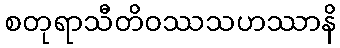
စတုရာသီတိဝဿသဟဿာနိ